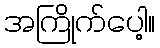
အကြိုက်ပေါ့။